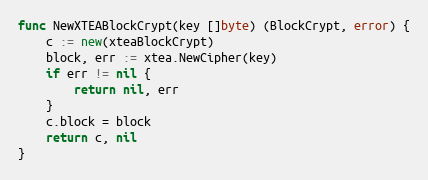
Language: Go
func NewXTEABlockCrypt(key []byte) (BlockCrypt, error) {
	c := new(xteaBlockCrypt)
	block, err := xtea.NewCipher(key)
	if err != nil {
		return nil, err
	}
	c.block = block
	return c, nil
}